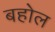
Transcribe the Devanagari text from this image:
बहोल